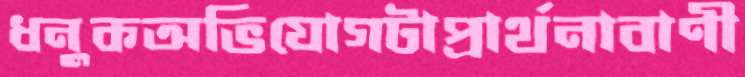
ধনুকঅভিযোগটাপ্রার্থনাবাণী